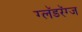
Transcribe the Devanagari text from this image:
ग्लॅडरॅग्ज